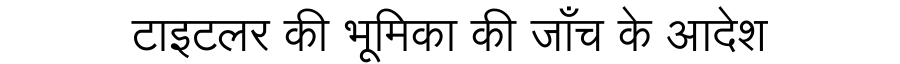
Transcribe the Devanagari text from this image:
टाइटलर की भूमिका की जाँच के आदेश